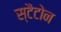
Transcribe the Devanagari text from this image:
स्टैटोन